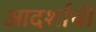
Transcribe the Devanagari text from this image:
आदर्शाची